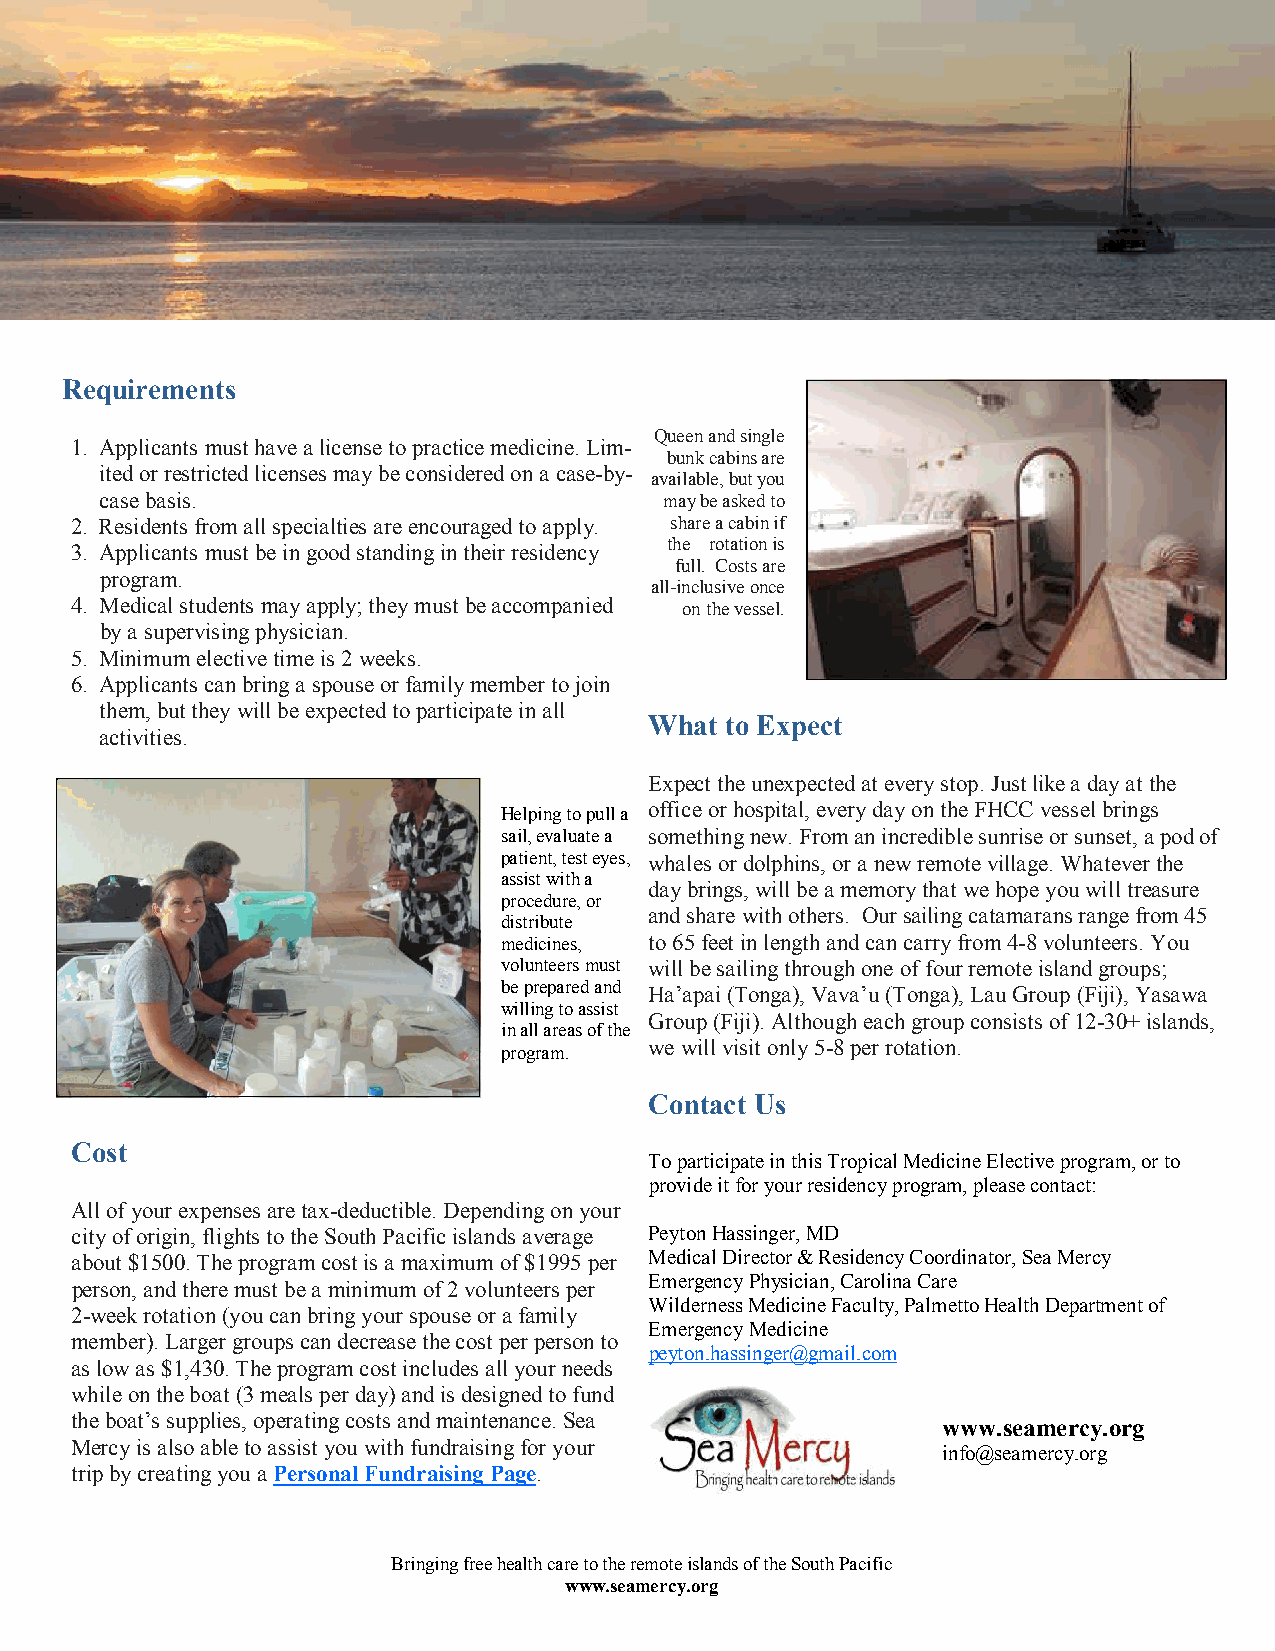
Requirements
 Queen and single
 1. Applicants must have a license to practice medicine. Lim-
 bunk cabins are
 ited or restricted licenses may be considered on a case-by-
 available, but you
 case basis.                          may be asked to
 2. Residents from all specialties are encouraged to apply. share a cabin if
 the rotation is
 3. Applicants must be in good standing in their residency
 full. Costs are
 program.
 all-inclusive once
 4. Medical students may apply; they must be accompanied on the vessel.
 by a supervising physician.
 5. Minimum elective time is 2 weeks.
 6. Applicants can bring a spouse or family member to join
 them, but they will be expected to participate in all
 What to Expect
 activities.
 Expect the unexpected at every stop. Just like a day at the
 Helping to pull a office or hospital, every day on the FHCC vessel brings
 sail, evaluate a something new. From an incredible sunrise or sunset, a pod of
 patient, test eyes, whales or dolphins, or a new remote village. Whatever the
 assist with a
 day brings, will be a memory that we hope you will treasure
 procedure, or
 and share with others. Our sailing catamarans range from 45
 distribute
 medicines, to 65 feet in length and can carry from 4-8 volunteers. You
 volunteers must will be sailing through one of four remote island groups;
 be prepared and Ha’apai (Tonga), Vava’u (Tonga), Lau Group (Fiji), Yasawa
 willing to assist
 Group (Fiji). Although each group consists of 12-30+ islands,
 in all areas of the
 we will visit only 5-8 per rotation.
 program.
 Contact Us
 Cost
 To participate in this Tropical Medicine Elective program, or to
 provide it for your residency program, please contact:
 All of your expenses are tax-deductible. Depending on your
 city of origin, flights to the South Pacific islands average Peyton Hassinger, MD
 about $1500. The program cost is a maximum of $1995 per Medical Director & Residency Coordinator, Sea Mercy
 Emergency Physician, Carolina Care
 person, and there must be a minimum of 2 volunteers per
 Wilderness Medicine Faculty, Palmetto Health Department of
 2-week rotation (you can bring your spouse or a family
 Emergency Medicine
 member). Larger groups can decrease the cost per person to
 peyton.hassinger@gmail.com
 as low as $1,430. The program cost includes all your needs
 while on the boat (3 meals per day) and is designed to fund
 the boat’s supplies, operating costs and maintenance. Sea
 www.seamercy.org
 Mercy is also able to assist you with fundraising for your
 info@seamercy.org
 trip by creating you a Personal Fundraising Page.
 Bringing free health care to the remote islands of the South Pacific
 www.seamercy.org